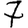
Digit: 7